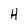
Character: H